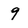
Character: 9